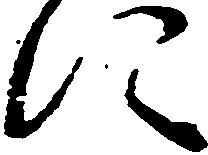
に